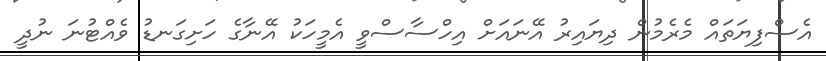
އެސްފިޔަތައް މެރެމުން ދިޔައިރު އޭނައަށް އިހްސާސްވީ އެމީހަކު އޭނާގެ ހަށިގަނޑު ވެއްޓުނަ ނުދީ